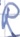
Text: R